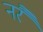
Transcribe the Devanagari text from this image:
नरै